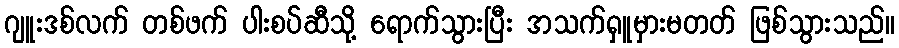
ဂျူးဒစ်လက် တစ်ဖက် ပါးစပ်ဆီသို့ ရောက်သွားပြီး အသက်ရှူမှားမတတ် ဖြစ်သွားသည်။